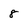
Character: 8